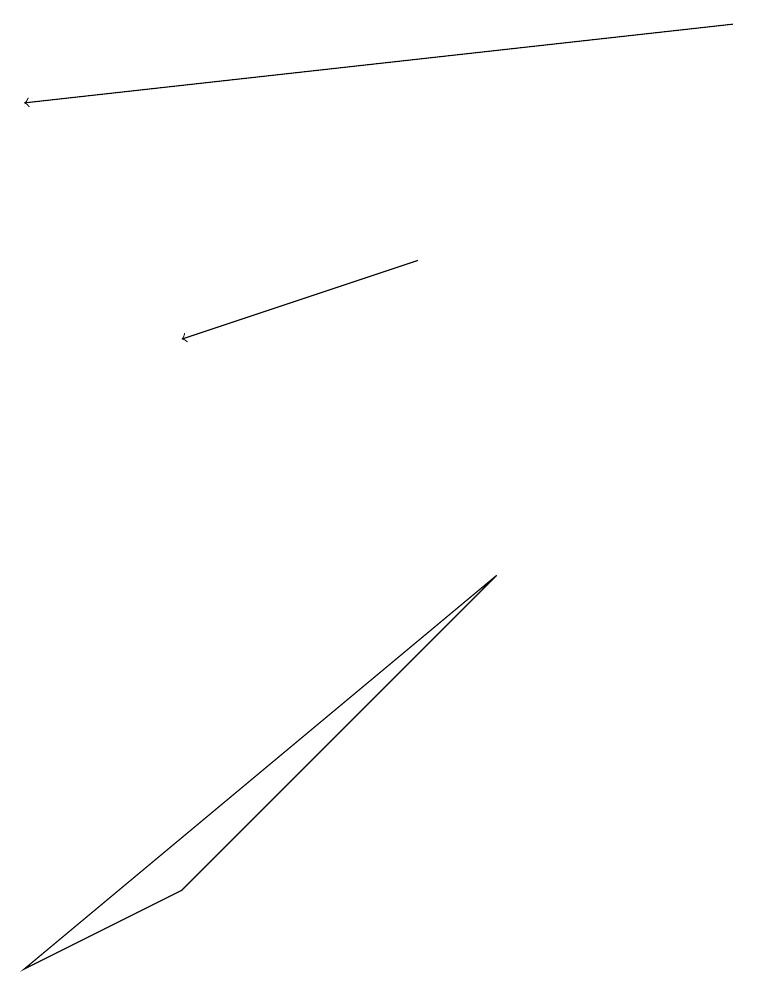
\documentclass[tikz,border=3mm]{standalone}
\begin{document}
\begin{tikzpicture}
\draw[->] (5,11) -- (2,10);
\draw (0,2) -- (6,7) -- (2,3) -- cycle;
\draw[->] (9,14) -- (0,13);
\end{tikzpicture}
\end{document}